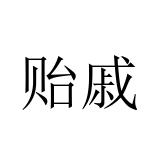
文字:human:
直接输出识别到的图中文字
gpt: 贻戚